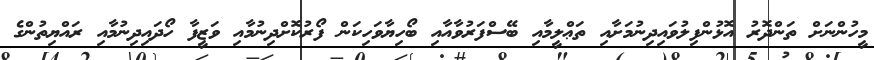
މީހުންނަށް ތަންދޮރު އޮޅުންފިލުވައިދިނުމަށާއި ތަޢްލީމާއި ބޭސްފަރުވާއާއި ބޯހިޔާވަހިކަން ފޯރުކޮށްދިނުމާއި ވަޒީފާ ހޯދައިދިނުމާއި ރައްޔިތުންގެ